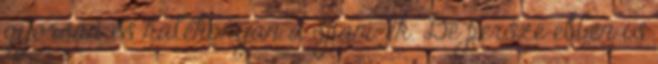
gyorsan és hatékonyan a spam-ek. De persze ebben is